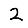
Digit: 2